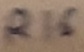
Text: R16